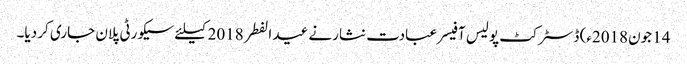
14 جون2018ء) ڈسٹرکٹ پولیس آفیسر عبادت نثارنے عید الفطر 2018کیلئے سیکورٹی پلان جاری کر دیا۔